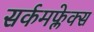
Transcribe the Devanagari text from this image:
सर्कमफ्लेक्स